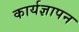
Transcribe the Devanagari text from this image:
कार्यज्ञापन